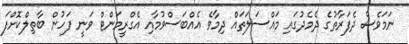
ނަމަވެސް ދެފަރާތުގެ ދެމެދުގައި މައްސަލަތައް ދިމާވެ އެއްބަސްވުމާއި އެގްރީމަންޓް ވަނީ ފަހުން ބާތިލްކޮށްފަ